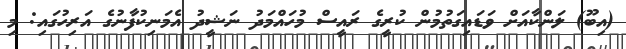
(އިބޫ) ލަންކާއަށް ވަޑައިގަތުމުން ކުރީގެ ރައީސް މުހައްމަދު ނަޝީދު އެމަނިކުފާނުގެ އަރިހުގައި: މި